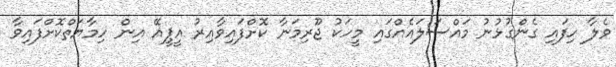
ވެލާ ހިފައި ގެންގުޅުނު މައްސަލައެއްގައި މީހަކު ޖޫރިމަނާ ކޮށްފައިވާއިރު އީޕީއޭ އިން ހިމާޔަތްކޮށްފައިވާ